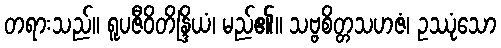
တရားသည်။ ရူပဇီဝိတိန္ဒြိယံ၊ မည်၏။ သဗ္ဗစိတ္တသဟဇံ၊ ဥဿုံသော